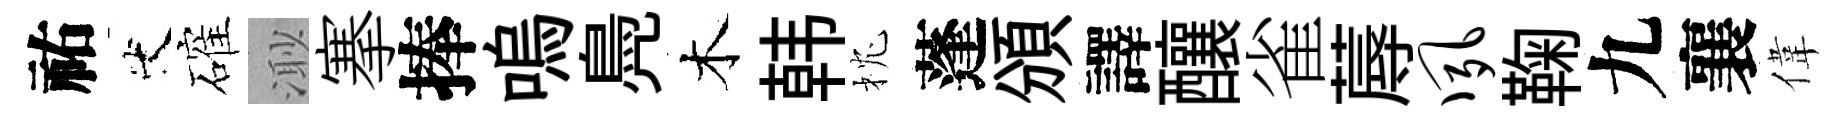
祐代確𣺌搴捧嗚鳧木韩枕蓬頒譯釀雀蓐夙鞠九襄偉